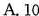
A.10